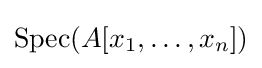
\operatorname {Spec} (A[x_{1},\ldots ,x_{n}])